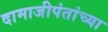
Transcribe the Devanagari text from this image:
दामाजीपंतांच्या